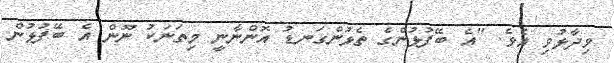
ވިދާޅުވި އެވެ. "އެ ބޭފުޅުންގެ ތެޅުންގަނޑު އޮންނާނީ މިތަނަކު ނޫން އެ ބޭފުޅުން